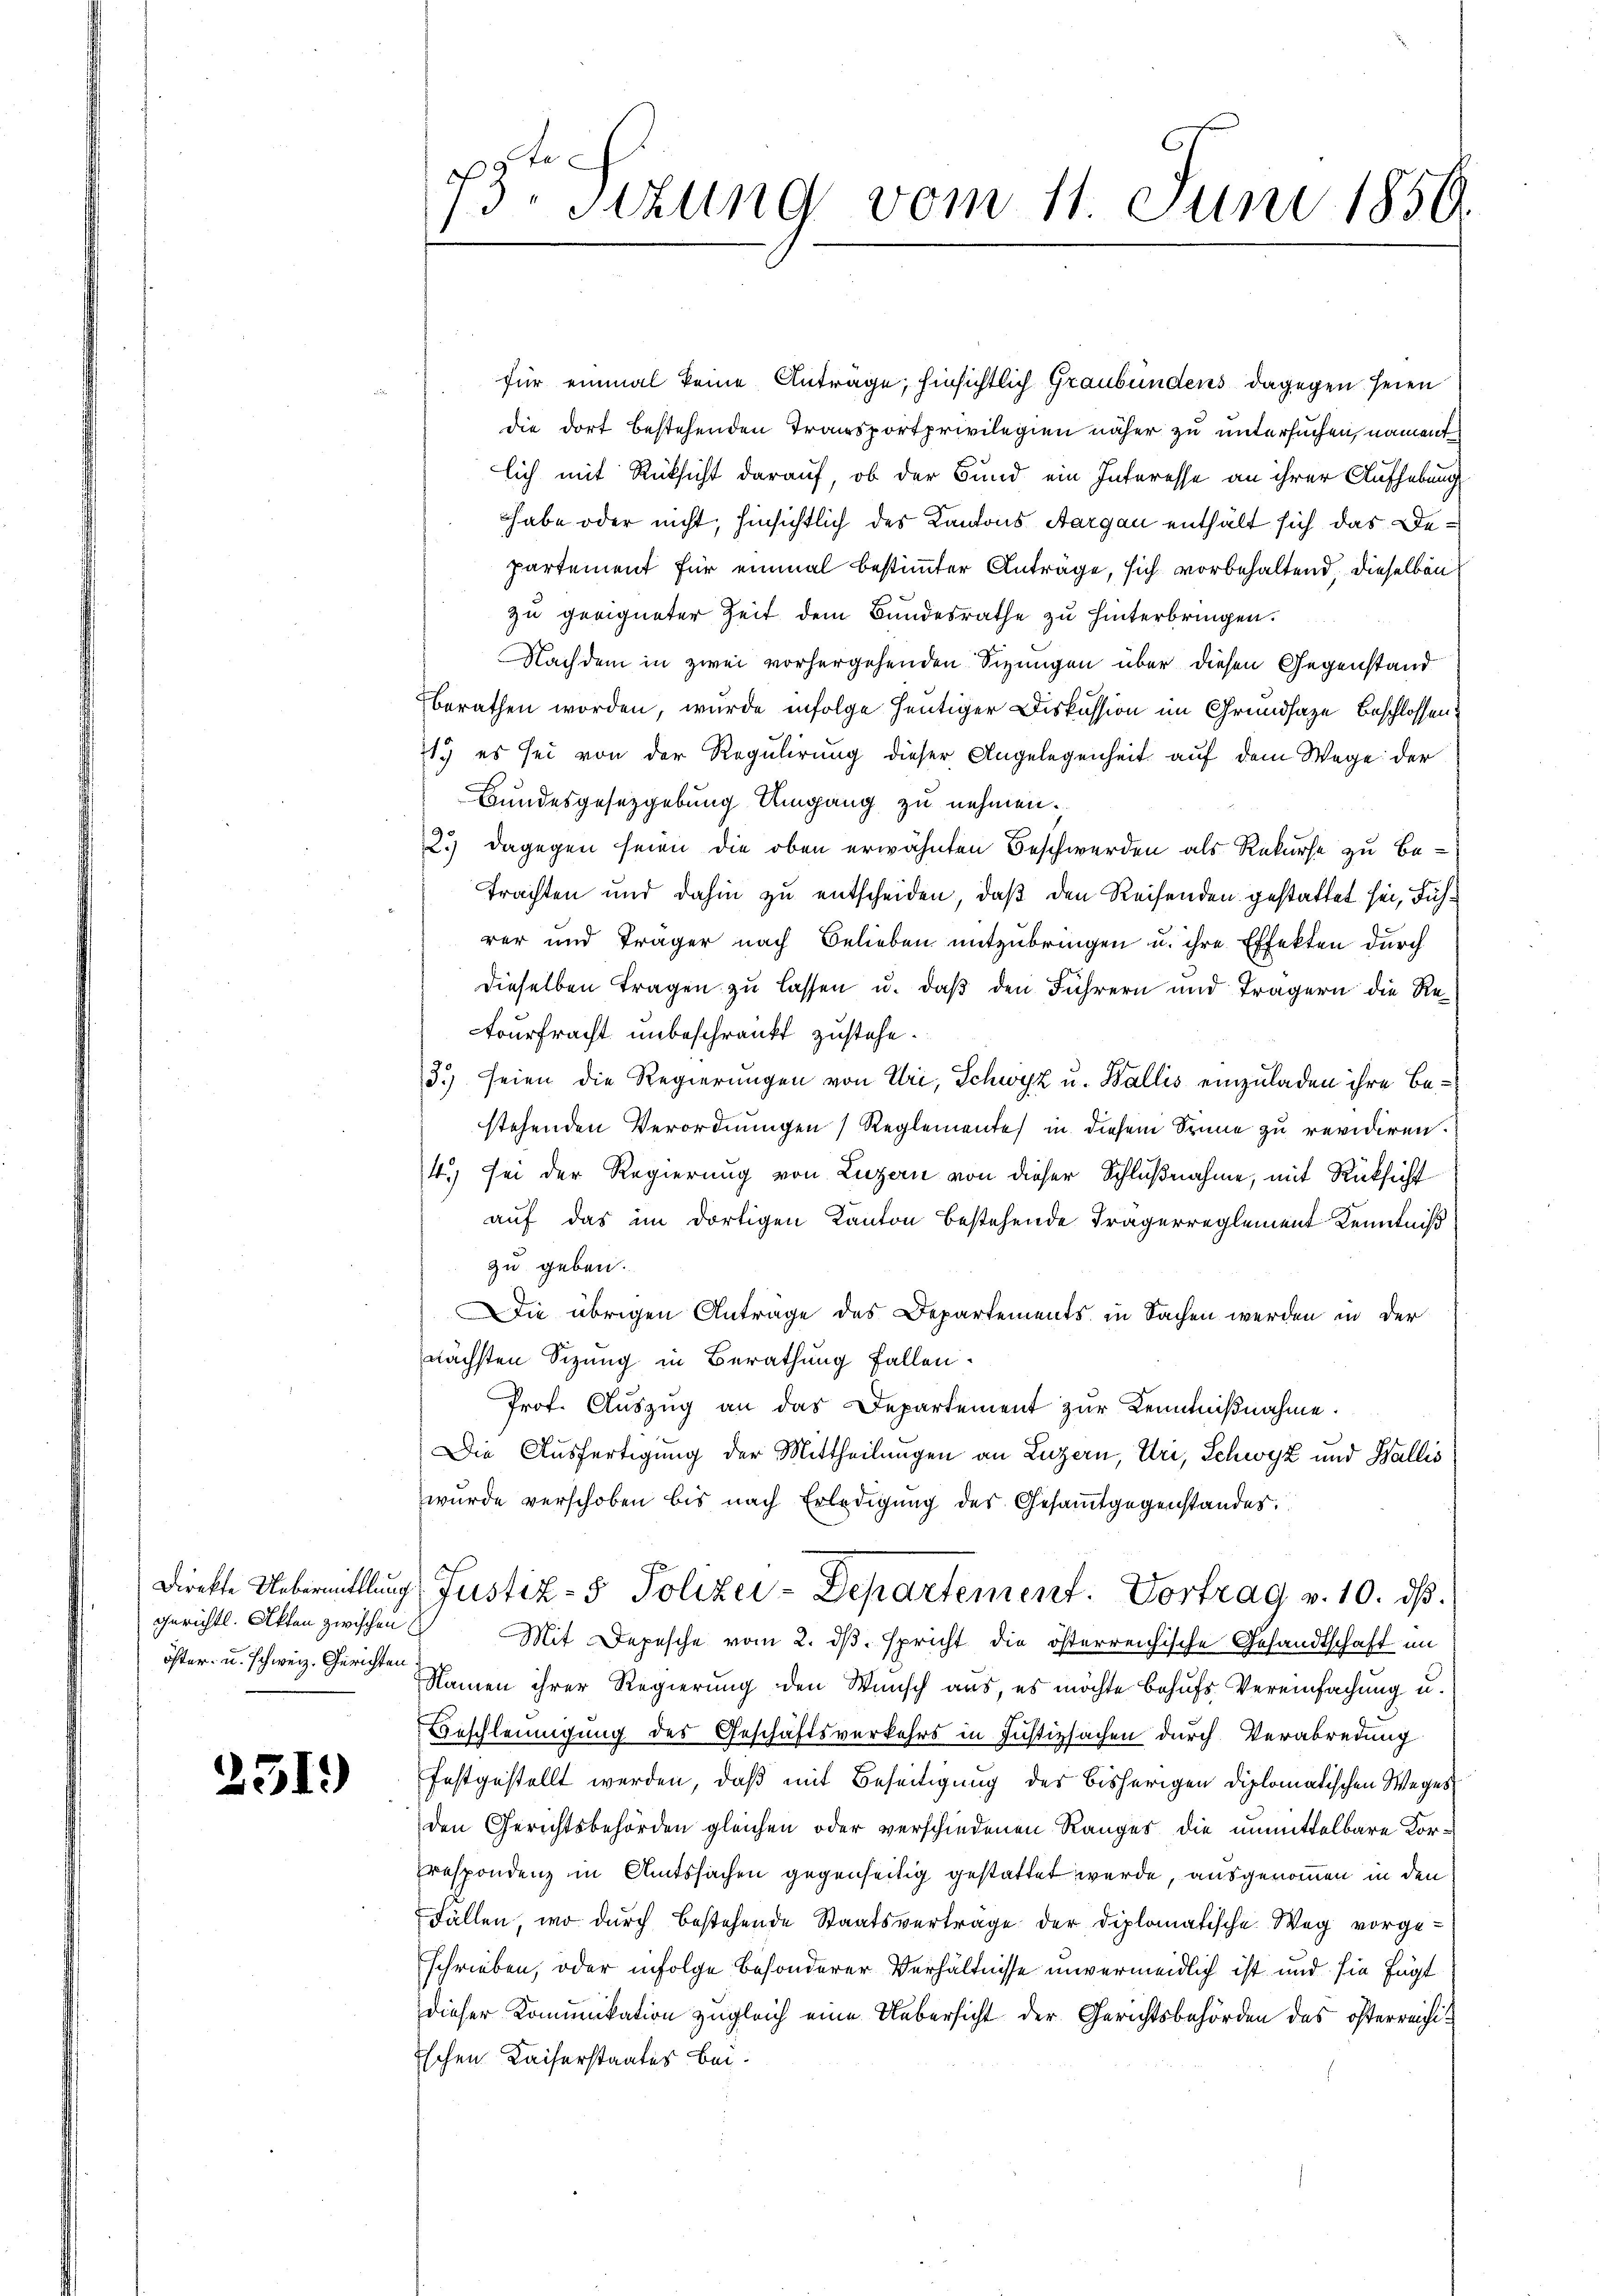
gerichtl. Akten zwischen
öster- u. schweiz. Gerichten.

251.)

t
13 sezung vom 11. Juni 1850.

für einmal keine Anträge, hinsichtlich Graubündens dagegen seien
die dort bestehenden Transportprivilegien näher zu untersuchen, nament
lich mit Rücksicht darauf, ob der Bund ein Interesse an ihrer Aufhebung
habe oder nicht, hinsichtlich des Kantons Aargau enthält sich das Departement für einmal bestimmter Anträge, sich vorbehaltend, dieselben
zu geeigneter Zeit dem Bundesrathe zu hinterbringen.
Nachdem in zwei vorhergehenden Sizungen über diesen Gegenstand
berathen worden, wurde infolge heutiger Diskussion im Grundsaze Beschlossen
1) es sei von der Regulirung dieser Angelegenheit auf dem Wege der
Bundesgesetzgebung Umgang zu nehmen.
2.) dagegen seien die oben erwähnten Beschwerden als Rekurse zu Betrachten und dahin zu entscheiden, daß den Reisenden gestattet sei, Füchrer und Träger nach Belieben mitzubringen u. ihre Effekten durch
dieselben Tragen zu lassen u. daß den Führern und Trägern die Re¬
Nourfracht unbeschränkt zustehe.
3.) seien die Regierungen von Uri, Schwyz u. Wallis einzuladen ihre Bestehenden Verordnungen (Reglemente in diesem Sinne zu revidiren.
4.) sei der Regierung von Luzern von dieser Schlußnahme, mit Rücksicht
auf das im dortigen Kanton bestehende Trägerreglement Kenntniß
zu geben.
Die übrigen Anträge des Departements in Sachen werden in der
nächsten Sizung in Berathung fallen.
Prof. Auszug an das Departement zur Kenntnißnahme.
Die Ausfertigung der Mittheilungen an Luzern, Uri, Schwyz und Wallis
wurde verschoben bis nach Erledigung der Gesammtgegenstandes.
Direkte Uebermittlung Justiz- & Polizei-Departement. Vortrag v. 10. dβ.
Mit Depesche vom 2. dβ. spricht die österreichische Gesandtschaft im
Namen ihrer Regierung den Wunsch aus, es möchte behufs Vereinfachung u.
Beschleunigung des Geschäftsverkehrs in Justizsachen durch Verabredung
festgestellt werden, daß mit Beseitigung des bisherigen diplomatischen Weges
den Gerichtsbehörden gleichen oder verschiedenen Ranges die unmittelbare Korrespondenz in Amtssachen gegenseitig gestattet wurde, ausgenommen in den
Fällen, wo durch bestehende Staatsvertrage der Diplomatische Weg vorgeschrieben, oder infolge besonderer Verhältnisse unvermeidlich ist und sie fügt
dieser Komunikation zugleich eine Uebersicht der Gerichtsbehörden des österreichischen Kaiserstaates bei.